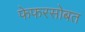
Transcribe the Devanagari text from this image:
फेफरसोबत